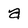
Character: a